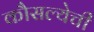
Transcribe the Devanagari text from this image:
कौसल्येची